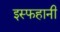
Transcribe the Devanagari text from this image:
इस्फहानी